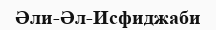
Әли-Әл-Исфиджаби